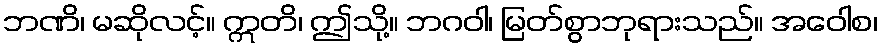
ဘဏိ၊ မဆိုလင့်။ ဣတိ၊ ဤသို့။ ဘဂဝါ၊ မြတ်စွာဘုရားသည်။ အဝေါစ၊